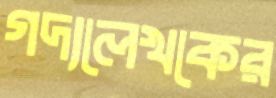
গদ্যলেখকের